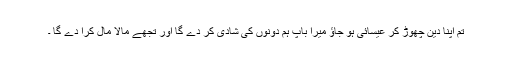
تم اپنا دین چھوڑ کر عیسائی ہو جاؤ میرا باپ ہم دونوں کی شادی کر دے گا اور تجھے مالا مال کرا دے گا ۔